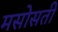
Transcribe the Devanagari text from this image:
मसोसती